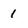
Character: 1